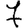
Digit: 7